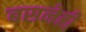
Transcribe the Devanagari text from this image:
बसनेही